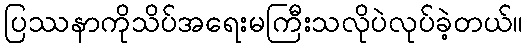
ပြဿနာကိုသိပ်အရေးမကြီးသလိုပဲလုပ်ခဲ့တယ်။